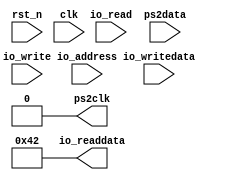
module v8042(
input rst_n,
input clk,
input  [2:0] io_address,
input        io_read,
input        io_write, 
input  [7:0] io_writedata,
output [7:0] io_readdata,

input        ps2data,
output       ps2clk
);

assign ps2clk = 0;
assign io_readdata = 8'h42;

endmodule